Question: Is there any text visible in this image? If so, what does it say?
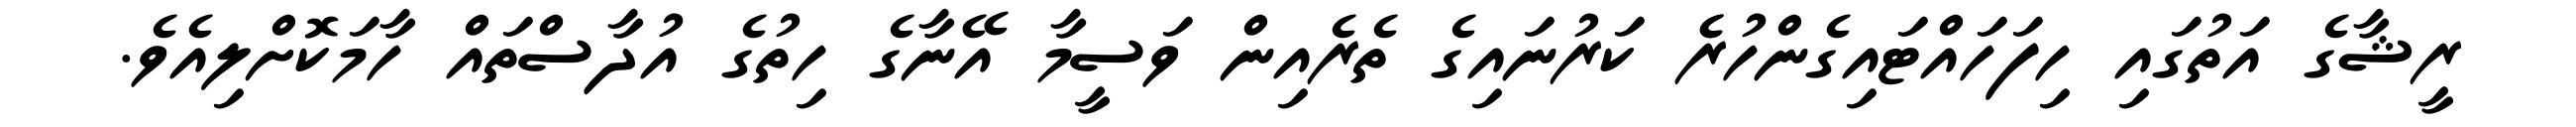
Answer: ރީޝާގެ އަތުގައި ހިފަހައްޓައިގެންހުރެެ ކަރުނައިގެ ތެރެއިން ވަސީމާ އޭނާގެ ހިތުގެ އުދާސްތައް ހާމަކޮށްލިއެވެ.